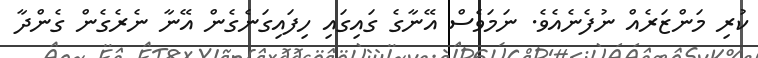
ކުރި މަންޒަރެއް ނުފެނެއެވެ. ނަމަވެސް އޭނާގެ ގައިގައި ހިފައިގަނެގެން އޭނާ ނެރެގެން ގެންދާ